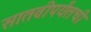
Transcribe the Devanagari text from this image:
सातवीपर्यंतची